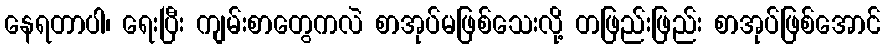
နေရတာပါ၊ ရေးပြီး ကျမ်းစာတွေကလဲ စာအုပ်မဖြစ်သေးလို့ တဖြည်းဖြည်း စာအုပ်ဖြစ်အောင်